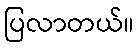
ပြလာတယ်။